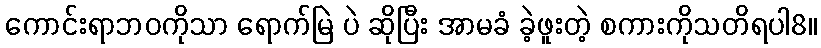
ကောင်းရာဘဝကိုသာ ရောက်မြဲ ပဲ ဆိုပြီး အာမခံ ခဲ့ဖူးတဲ့ စကားကိုသတိရပါ8။